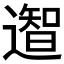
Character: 𮟎